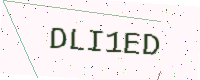
Text: DLI1ED